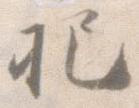
把